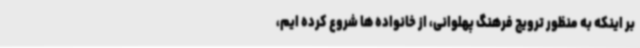
بر اینکه به منظور ترویج فرهنگ پهلوانی، از خانواده ها شروع کرده ایم،